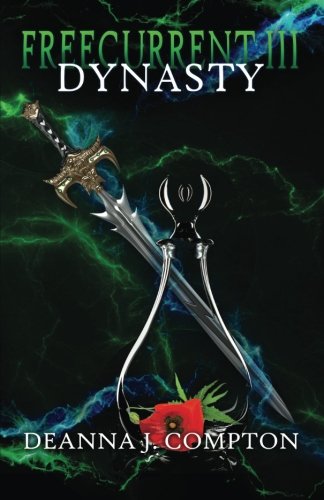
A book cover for Freecurrent  III: Dynasty (Freecurrent series); Deanna J. Compton; Science Fiction & Fantasy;